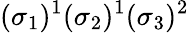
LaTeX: (\sigma_{1})^{1}(\sigma_{2})^{1}(\sigma_{3})^{2}